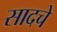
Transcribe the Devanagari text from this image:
सादचे